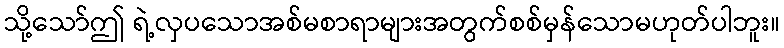
သို့သော်ဤ ရဲ့လှပသောအစ်မစာရာများအတွက်စစ်မှန်သောမဟုတ်ပါဘူး။